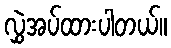
လွှဲအပ်ထားပါတယ်။